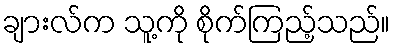
ချားလ်က သူ့ကို စိုက်ကြည့်သည်။